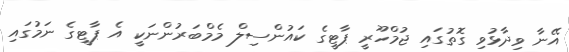
އޭނާ ވިދާޅުވި ގޮތުގައި ޖުމްހޫރީ ޕާޓީގެ ކައުންސިލް މެމްބަރުންނަކީ އެ ޕާޓީގެ ނަމުގައި